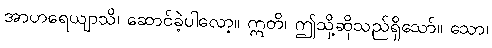
အာဟရေယျာသိ၊ ဆောင်ခဲ့ပါလော့။ ဣတိ၊ ဤသို့ဆိုသည်ရှိသော်။ သော၊